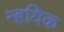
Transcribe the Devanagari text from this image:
न्हयिक